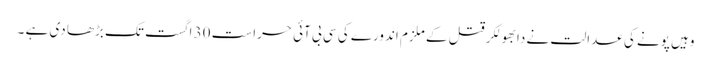
وہیں پونے کی عدالت نے دابھولکر قتل کے ملزم اندورے کی سی بی آئی حراست 30 اگست تک بڑھا دی ہے ۔